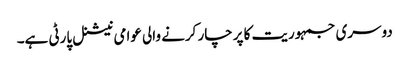
دوسری جمہوریت کا پرچار کرنے والی عوامی نیشنل پارٹی ہے۔